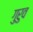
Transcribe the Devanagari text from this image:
गुरुव